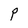
Character: P